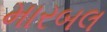
મારબલ